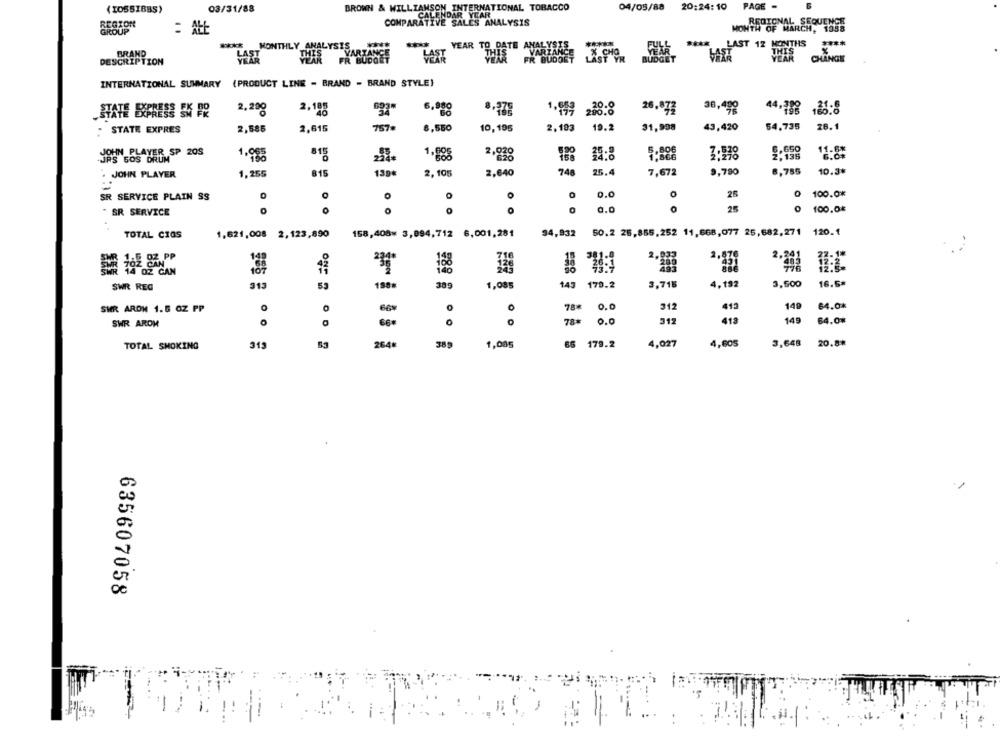
04/05/88 20:24:10
PAGE -
03/31/88
BROWN & WILLIAMSON INTERNATIONAL TOBACCO
YEAR.
COMPARATIVE SAL
REGIONAL SEQUENCE
REGTON
ENDARLES ANALYSIS
MONTH OF MARCH, 1958
****
LAST 12 MONTHS
****
BRAND
MONTHLY
-
THIS
DESCRIPTION
YEAR TO DATE ANARYANE POR GER
YEAR
CHANGE
INTERNATIONAL SUMMARY (PRODUCT LINE - BRAND - BRAND STYLE)
2,185
2,200
6,000
288.8
26.873
36,490
44.798
2,586
2,615
757.
6,550
10,195
2,193
19.2
31,998
43,420
54.735
26.1
STATE EXPRES
JOHN PLAYER SP 20S
6,650
11.6*
JPS 50S DRUM
1.955
815
1,888
2,93
35:8
5:888
7.135
. JOHN PLAYER
1,255
815
1390
2, 105
2,640
748
25.4
7,672
9,780
6,785
10.3%
SR SERVICE PLAIN SS
O
O
0
0.0
25
0 100.0%
" SR SERVICE
0
O
0.0
25
0 100.04
158,408* 3,894,712 6,001,281
34,932
50.2 26,855,252 11,668,077 25,682,271 120.1
TOTAL CIAS
1.621,008 2,123,890
149
107
3.831
2.201
SWR REG
313
53
38g
1,085
143 179.2
3,716
4.192
3,500
16.5*
O
66%
78*
0.0
312
413
149
64.0%
SWR ARON 1.6 OZ PP
SWR AROM
66
78#
0.0
312
418
149
64.0%
TOTAL SMOKING
313
264₺
389
1,08g
66 179.2
4,027
4,605
3,648
20.8*
635607058